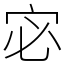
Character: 宓